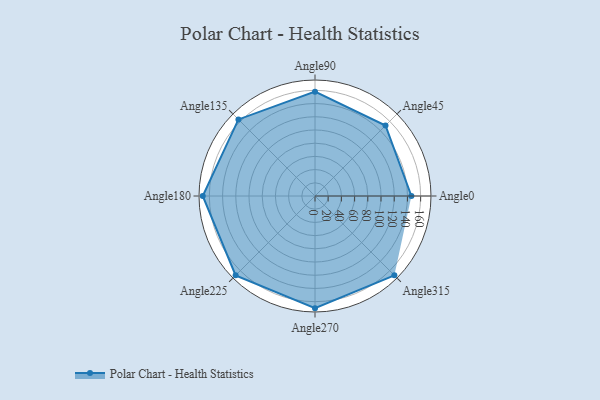
{"axis": {"x": "Angle", "y": "Radius"}, "legend": [""], "data": [{"x": "Angle0", "y": 146.0, "type": ""}, {"x": "Angle45", "y": 151.0, "type": ""}, {"x": "Angle90", "y": 158.0, "type": ""}, {"x": "Angle135", "y": 164.0, "type": ""}, {"x": "Angle180", "y": 170, "type": ""}, {"x": "Angle225", "y": 170, "type": ""}, {"x": "Angle270", "y": 170, "type": ""}, {"x": "Angle315", "y": 170, "type": ""}]}